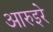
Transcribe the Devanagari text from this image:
आरुइरे